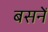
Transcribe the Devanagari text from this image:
बसनें